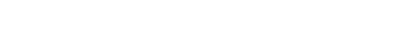
ဒါကြောင့်မို့ မိတ်ကပ်တို့၊ ဆံပင်တုတို့၊ ရင်တုတို့၊ တင်တုတို့ အခုအခံတွေ